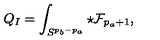
Q _ { I } = \int _ { S ^ { p _ { b } - p _ { a } } } \star { \cal F } _ { p _ { a } + 1 } ,